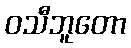
ဝသီဘူတော